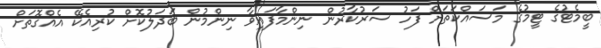
ބީމެޓުގެ ޓީމުގެ މަސައްކަތަށް ފަހު ސަރުކާރުން ނިންމާފައިވާ ނިންމުން ބަދަލުކޮށް ކުރިއެކޭ އެއްގޮތަށް